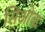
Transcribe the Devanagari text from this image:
सिओक